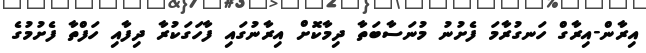
އިރާން-އިރާގް ހަނގުރާމަ ފެށުނު މުނަސާބަތާ ދިމާކޮށް އިރާނުގައި ފާހަގަކުރާ ދިފާއި ހަފްތާ ފެށުމުގެ